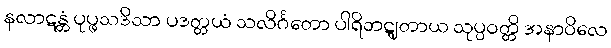
နလာဋန္တံ ပုပ္ဖသဒိသာ ပဒတ္တယံ သလိင်္ဂတော ပါရိဘဋျတာယ သုပ္ပဝတ္တိ အနာဝိလေ